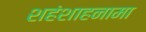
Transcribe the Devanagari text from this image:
शहंशाहनामा